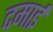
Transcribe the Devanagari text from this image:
दमाई